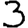
Digit: 3